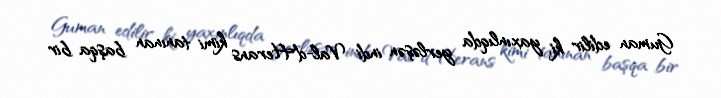
Guman edilir ki, yaxınlıqda yerləşən indi Val-d'Herans kimi tanınan başqa bir